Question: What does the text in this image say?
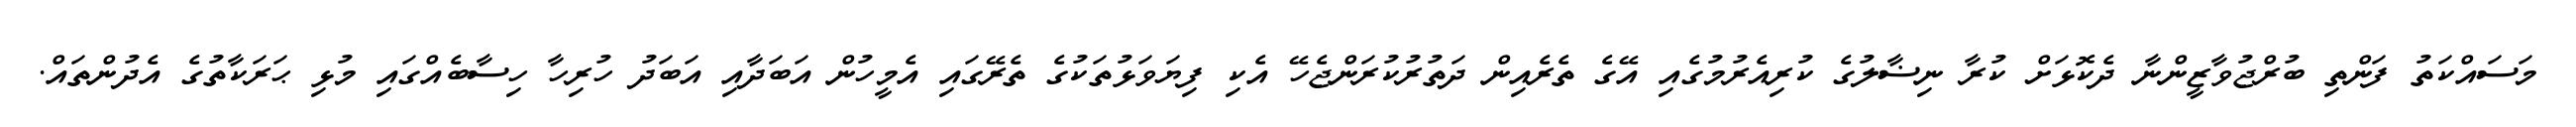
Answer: މަސައްކަތު ފަންތި ބުރްޖުވާޒީންނާ ދެކޮޅަށް ކުރާ ނިޟާލުގެ ކުރިއެރުމުގެއި އޭގެ ތެރެއިން ދަތުރުކުރަންޖެހޭ އެކި ފިޔަވަޅުތަކުގެ ތެރޭގައި އެމީހުން އަބަދާއި އަބަދު ހުރިހާ ހިސާބެއްގައި މުޅި ޙަރަކާތުގެ އެދުންތައް.